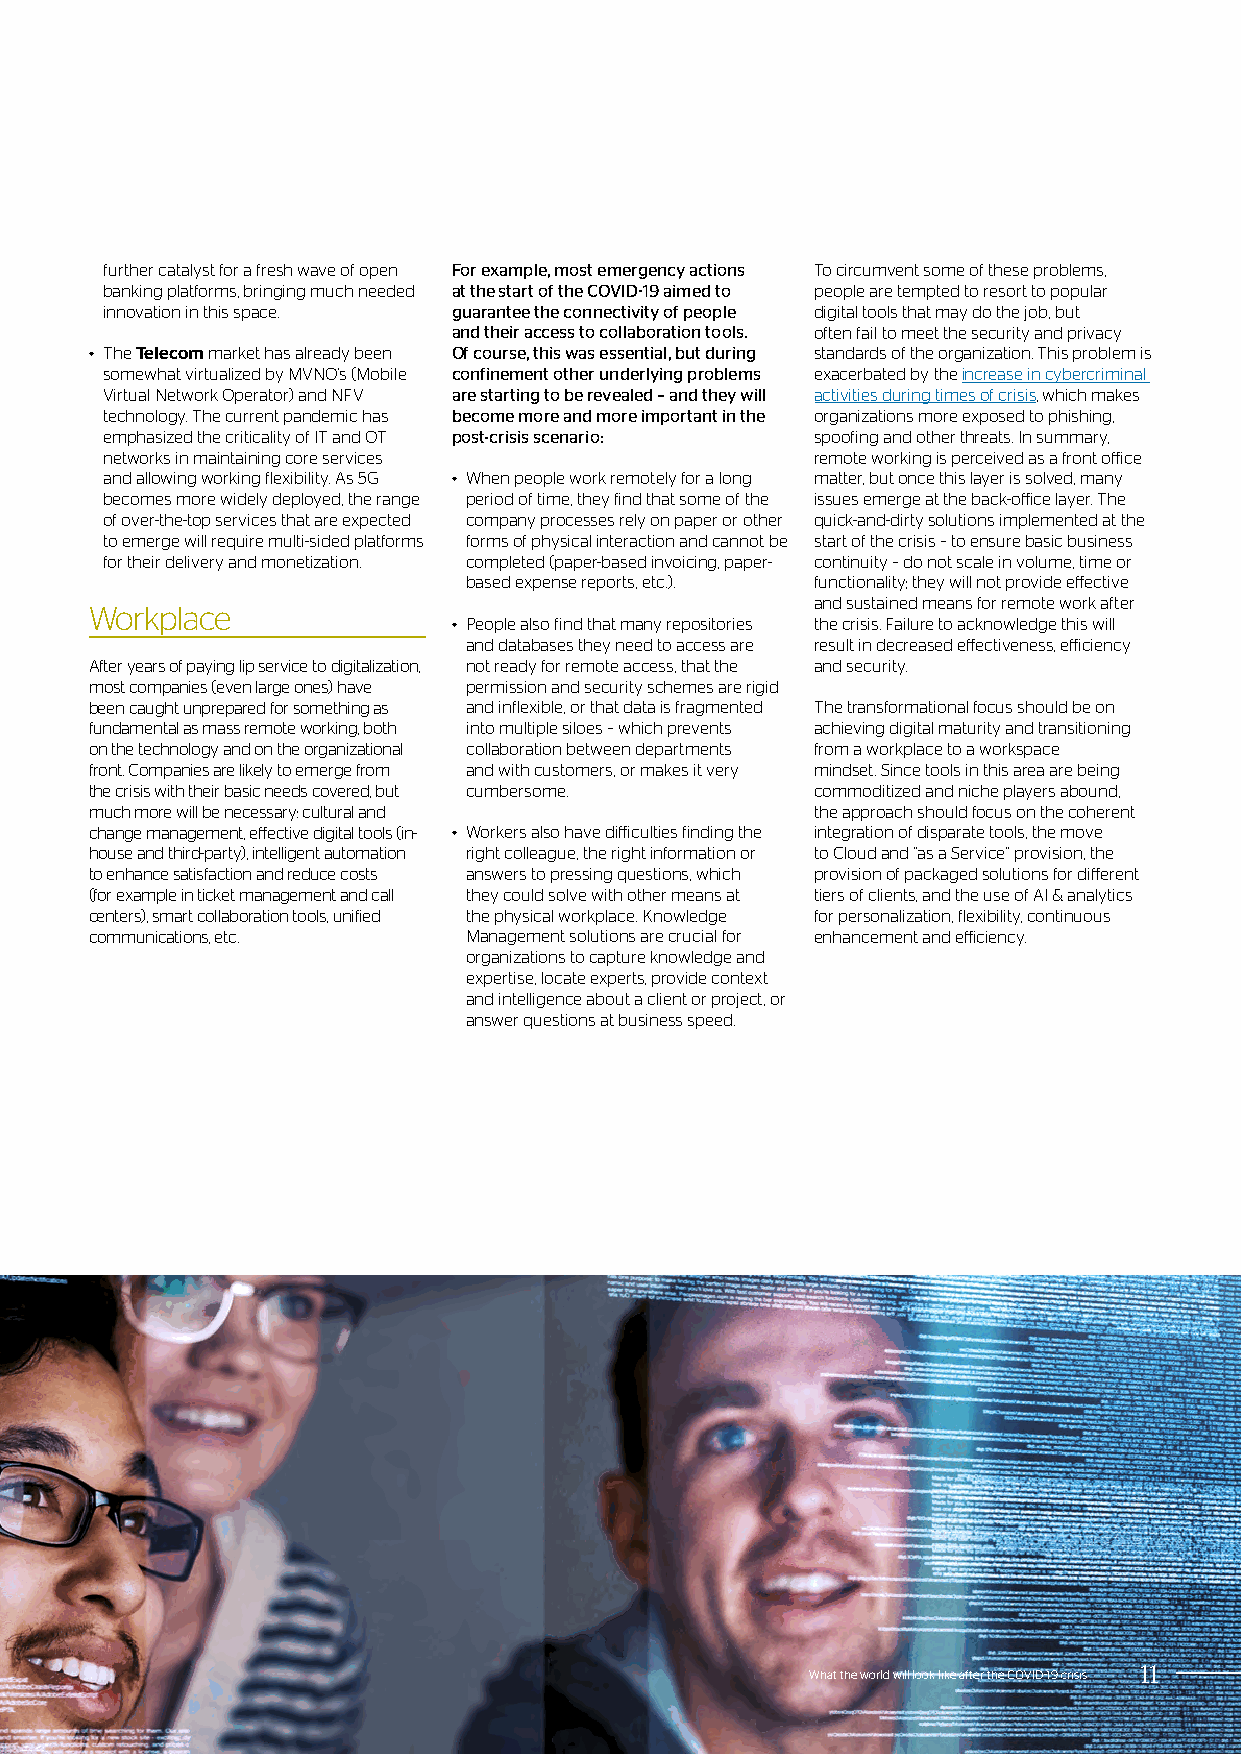
further catalyst for a fresh wave of open For example, most emergency actions To circumvent some of these problems,
 banking platforms, bringing much needed at the start of the COVID-19 aimed to people are tempted to resort to popular
 innovation in this space. guarantee the connectivity of people digital tools that may do the job, but
 and their access to collaboration tools. often fail to meet the security and privacy
 • The Telecom market has already been Of course, this was essential, but during standards of the organization. This problem is
 somewhat virtualized by MVNO’s (Mobile confinement other underlying problems exacerbated by the increase in cybercriminal
 Virtual Network Operator) and NFV are starting to be revealed – and they will activities during times of crisis, which makes
 technology. The current pandemic has become more and more important in the organizations more exposed to phishing,
 emphasized the criticality of IT and OT post-crisis scenario: spoofing and other threats. In summary,
 networks in maintaining core services          remote working is perceived as a front office
 and allowing working flexibility. As 5G • When people work remotely for a long matter, but once this layer is solved, many
 becomes more widely deployed, the range period of time, they find that some of the issues emerge at the back-office layer. The
 of over-the-top services that are expected company processes rely on paper or other quick-and-dirty solutions implemented at the
 to emerge will require multi-sided platforms forms of physical interaction and cannot be start of the crisis – to ensure basic business
 for their delivery and monetization. completed (paper-based invoicing, paper- continuity – do not scale in volume, time or
 based expense reports, etc.). functionality; they will not provide effective
 and sustained means for remote work after
 Workplace
 • People also find that many repositories the crisis. Failure to acknowledge this will
 and databases they need to access are result in decreased effectiveness, efficiency
 After years of paying lip service to digitalization, not ready for remote access, that the and security.
 most companies (even large ones) have permission and security schemes are rigid
 been caught unprepared for something as and inflexible, or that data is fragmented The transformational focus should be on
 fundamental as mass remote working, both into multiple siloes – which prevents achieving digital maturity and transitioning
 on the technology and on the organizational collaboration between departments from a workplace to a workspace
 front. Companies are likely to emerge from and with customers, or makes it very mindset. Since tools in this area are being
 the crisis with their basic needs covered, but cumbersome. commoditized and niche players abound,
 much more will be necessary: cultural and       the approach should focus on the coherent
 change management, effective digital tools (in- • Workers also have difficulties finding the integration of disparate tools, the move
 house and third-party), intelligent automation right colleague, the right information or to Cloud and “as a Service” provision, the
 to enhance satisfaction and reduce costs answers to pressing questions, which provision of packaged solutions for different
 (for example in ticket management and call they could solve with other means at tiers of clients, and the use of AI & analytics
 centers), smart collaboration tools, unified the physical workplace. Knowledge for personalization, flexibility, continuous
 communications, etc.     Management solutions are crucial for enhancement and efficiency.
 organizations to capture knowledge and
 expertise, locate experts, provide context
 and intelligence about a client or project, or
 answer questions at business speed.
 What the world will look like after the COVID-19 crisis 11